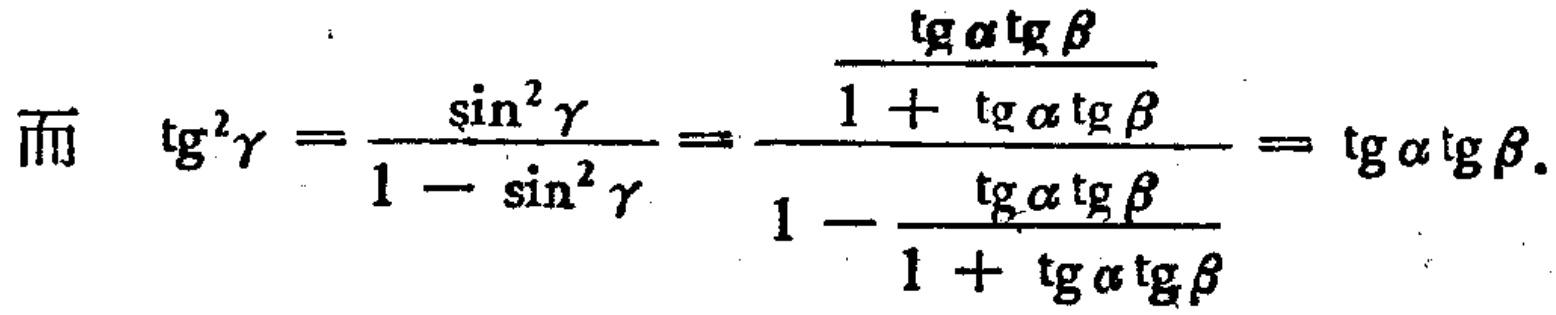
而 \(\text{tg}^{2}\gamma=\frac{\sin^{2}\gamma}{1 - \sin^{2}\gamma}=\frac{\frac{\text{tg}\alpha\text{tg}\beta}{1 + \text{tg}\alpha\text{tg}\beta}}{1-\frac{\text{tg}\alpha\text{tg}\beta}{1 + \text{tg}\alpha\text{tg}\beta}}=\text{tg}\alpha\text{tg}\beta\).